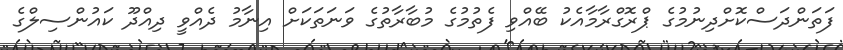
ފަތަންދަސްކޮށްދިނުމުގެ ޕްރޮގްރާމާއެކު ބޭއްވި ފެތުމުގެ މުބާރާތުގެ ވަނަތަކަށް އިނާމު ދެއްވީ ދިއްދޫ ކައުންސިލްގެ